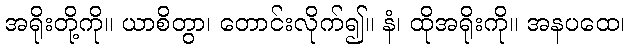
အရိုးတို့ကို။ ယာစိတွာ၊ တောင်းလိုက်၍။ နံ၊ ထိုအရိုးကို။ အနပထေ၊